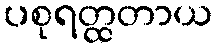
ပစုရတ္ထတာယ